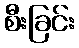
စီးခြင်း